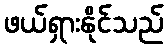
ဖယ်ရှားနိုင်သည်